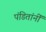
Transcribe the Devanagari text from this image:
पंडितांनीं